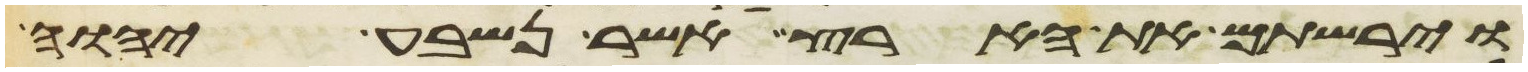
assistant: וירשתם את הארץ אשר נשבע יהוה